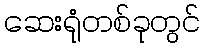
ဆေးရုံတစ်ခုတွင်